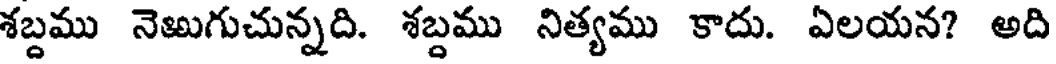
శబ్దము నెఱుగుచున్నది. శబ్దము నిత్యము కాదు. ఏలయన? అది